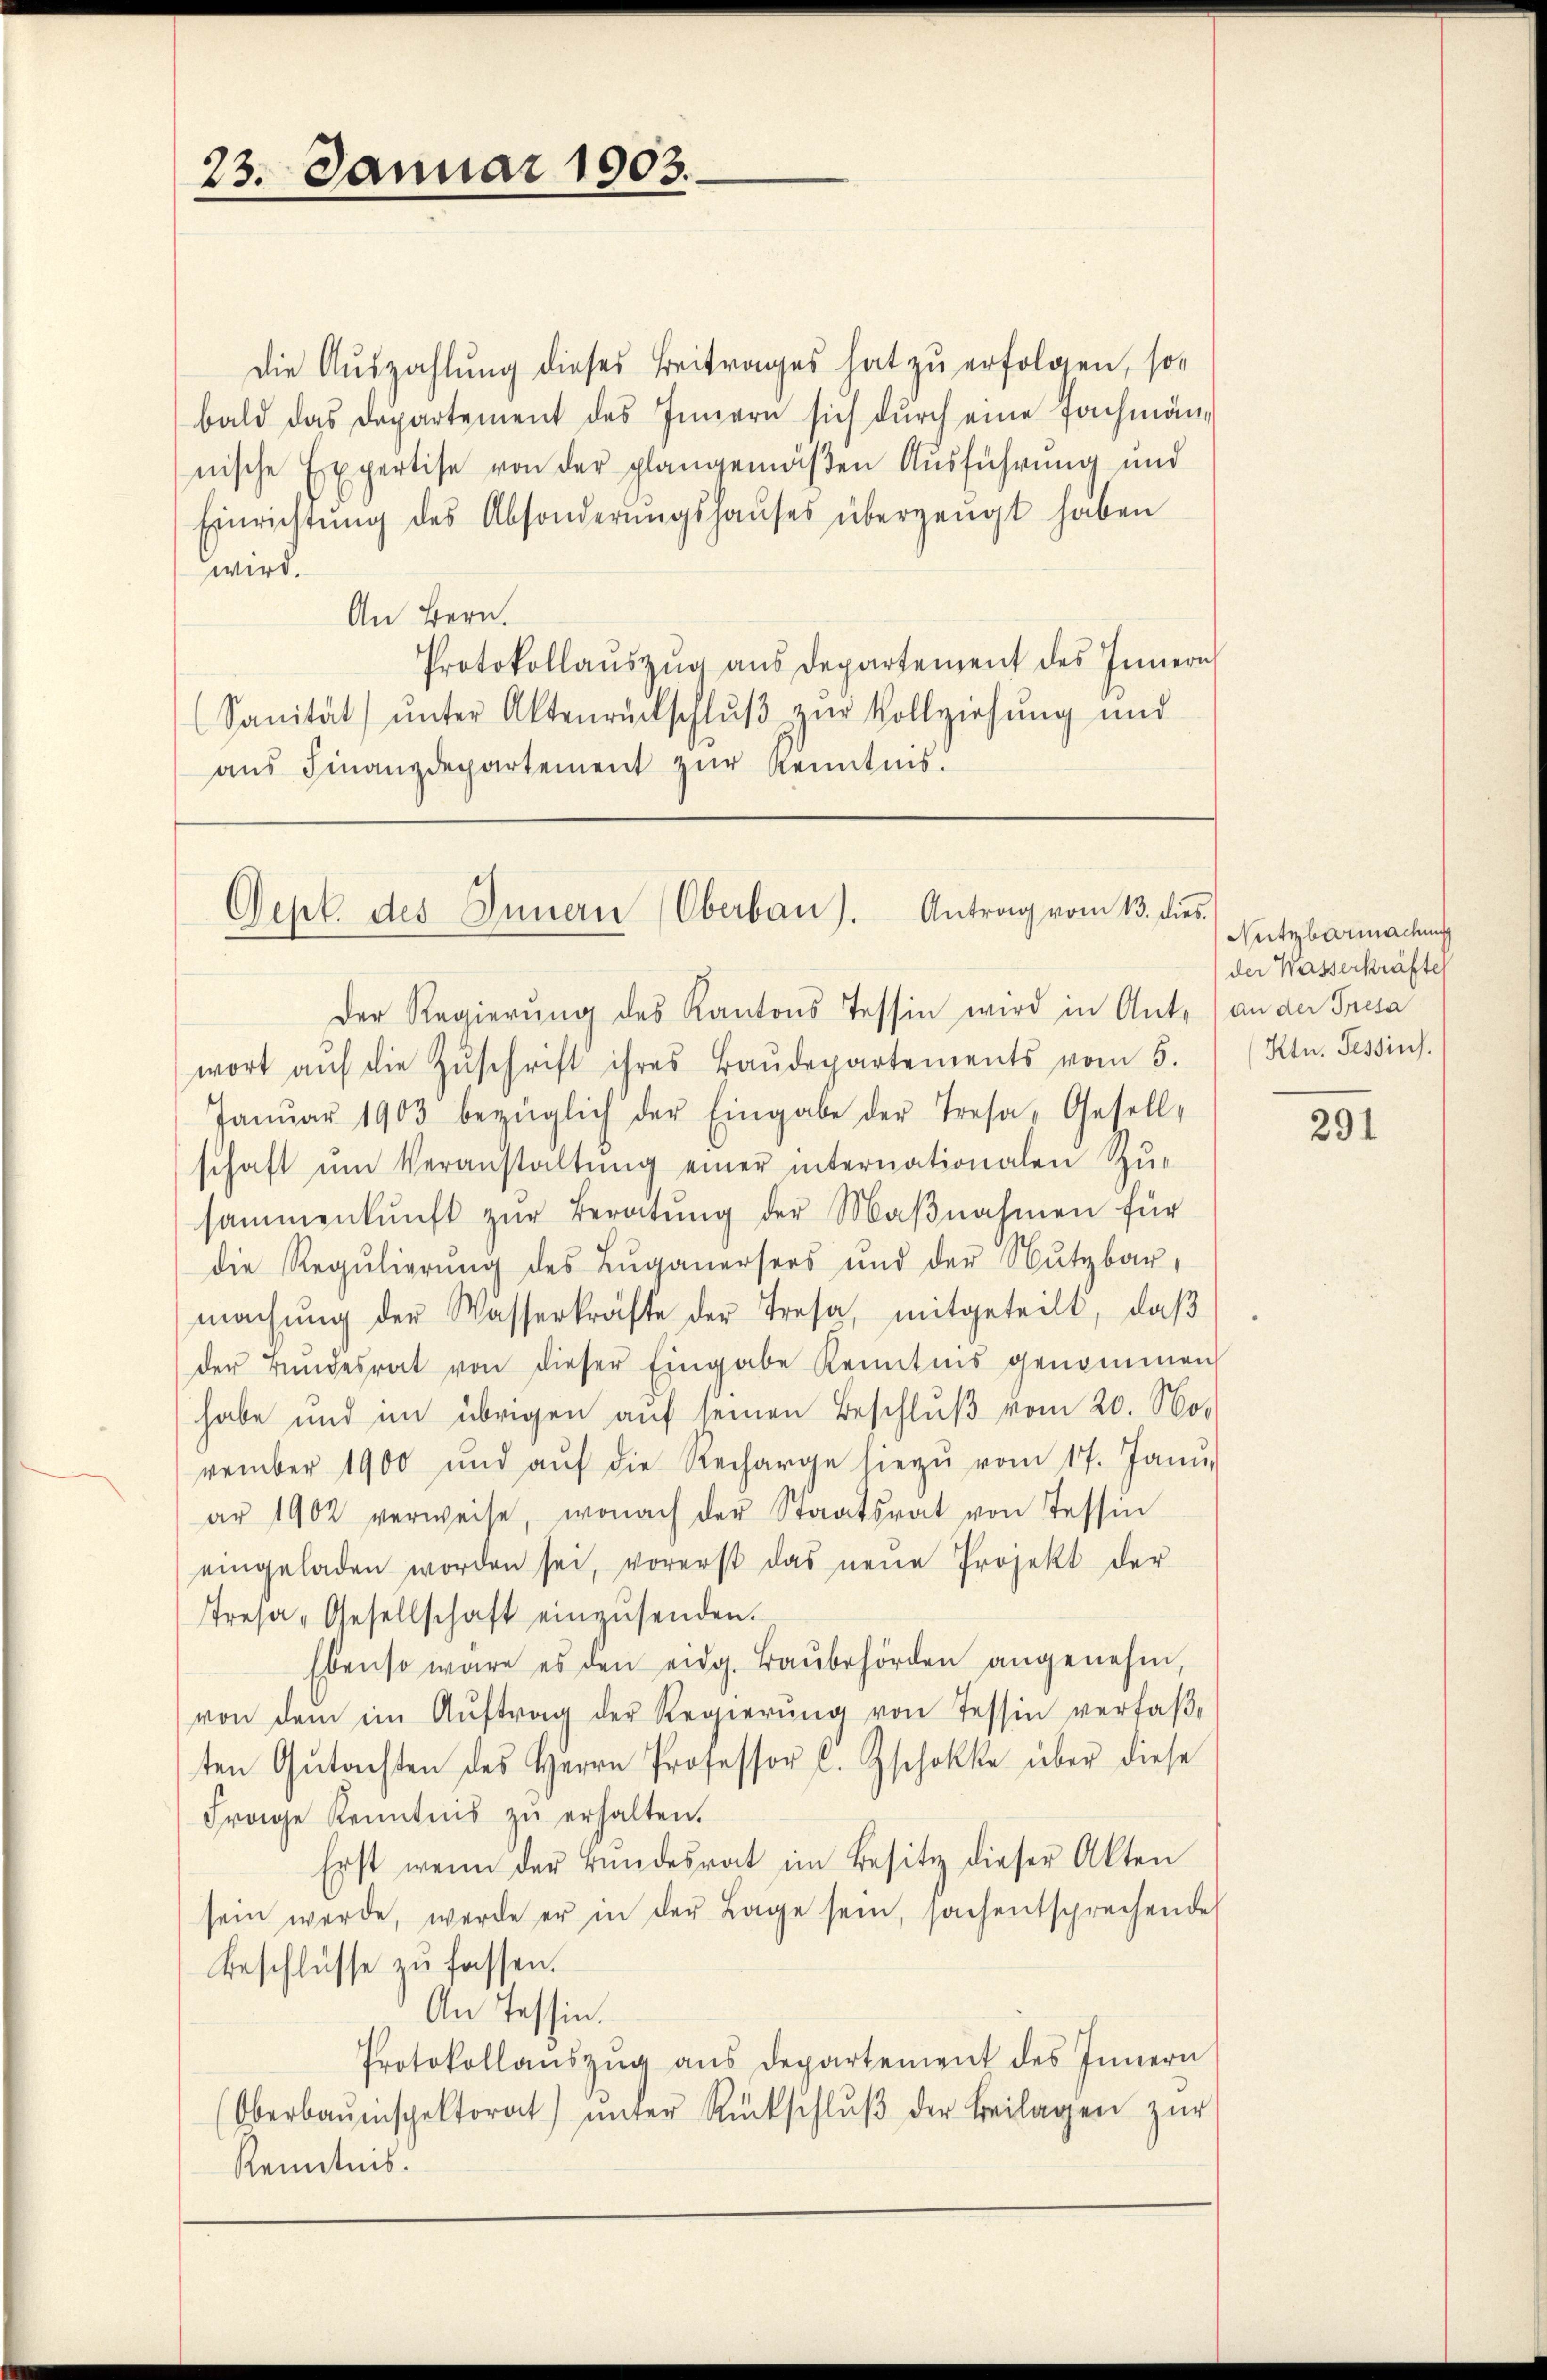
23. Januar 1903.

Die Auszahlung dieses Beitrages hat zu erfolgen, so
bald das Departement des Innern sich durch eine Fachmännische Expertise von der plangemäßen Ausführung und
Einrichtŭng des Absonderŭngshaŭses überzeugt haben
wird.
An Bern.
Protokollaŭszŭg aŭs departement des Innern
(Sanität ŭnter Aktenrückschlŭβ zŭr Vollziehung und
aŭs Finanzdepartement zŭr Kenntnis.

Dept. des Innern Oberbaŭ). Antrag vom 13. dies

Der Regierung des Kantons Tessin wird in Ant.) an der Presa
wort aŭf die Zŭschrift ihres Baŭdepartements vom 5.
Janŭar 1903 bezüglich der Eingabe der Tresa, Gesell-
schaft ŭm Veranstaltŭng einer internationalen Zŭ-
sammenkunft zŭr Beratŭng der Maβnahmen für
die Regŭlierŭng des Zŭganersers und der Nutzbar-
machŭng der Wasserkräfte der Tresa, mitgeteilt, daβ
der Bŭndesrat von dieser Eingabe Kenntnis genommen
habe und im übrigen aŭf seinen Beschlŭβ vom 20. No-
vember 1900 und aŭf die Recharge hiezŭ vom 17. Janu
ar 1902 verweise, wonach der Staatsrat von Tessin
eingeladen worden sei, vorerst das neŭe Projekt der
Tresa-Gesellschaft einzŭsenden.
Ebenso wäre es den eidg. Baŭbehörden angenehm
von dem im Aŭftrag der Regierŭng von Tessin verfaβ-
ten Gŭtachten des Herrn Professor C. Zschokke über diese
Frage Kenntnis zu erhalten.
Erst wenn der Bundesrat im Besitz dieser Akten
sein werde, werde er in der Lage sein, sachentsprechende
Beschlüsse zu fassen.
An Tessin.
Protokollaŭszŭg aŭs departement des Innern
Oberbauinspektorat ŭnter Rückschlŭβ der Beilagen zŭr
Kenntnis.

Nutzbarmachung
der Wasserkräfte
Ktn. Tessins.

291